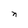
Character: n